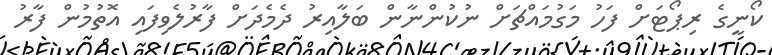
ކޯނީގެ ރިޕޯޓަށް ފަހު މަގުމައްޗަށް ނުކުންނާން ބަލާއިރު ދެމެދަށް ފާރުލެވިފައި އޮތުމުން ފާރު